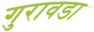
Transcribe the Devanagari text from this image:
गुरावडा